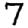
Digit: 7